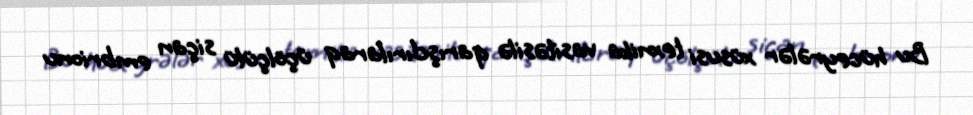
Bu hüceyrələr xüsusi texnika vasitəsilə qarışdırılaraq üçölçülü siçan embrionu